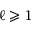
\ell \geqslant 1